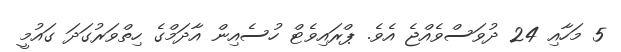
5 މަހާއި 24 ދުވަސްވެއްޖެ އެވެ. ޕްރައިވެޓް ހުސެއިން އާދަމްގެ ހިތްވަރުގަދަ ގައުމީ